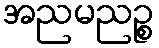
အညမညဉ္စ